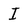
Character: I